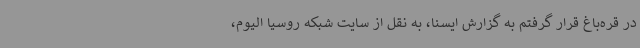
در قره‌باغ قرار گرفتم به گزارش ایسنا، به نقل از سایت شبکه روسیا الیوم،